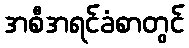
အစီအရင်ခံစာတွင်